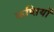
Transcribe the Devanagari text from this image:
कष्तियों